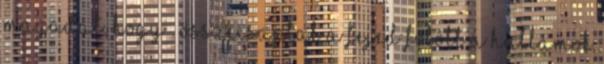
MAGADAT, hogy . összecsaptak a fejed fölött a hullámok